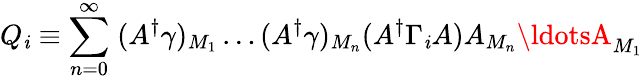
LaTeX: Q_{\mathit{i}}\equiv\sum_{n=0}^{\infty}\; (A^{\dagger}\gamma)_{M_{1}}\ldots(A^{\dagger}\gamma)_{M_{n}}(A^{\dagger}\Gamma_{\mathit{i}}A)A_{M_{n}}\ldotsA_{M_{1}}